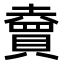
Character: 𧷏